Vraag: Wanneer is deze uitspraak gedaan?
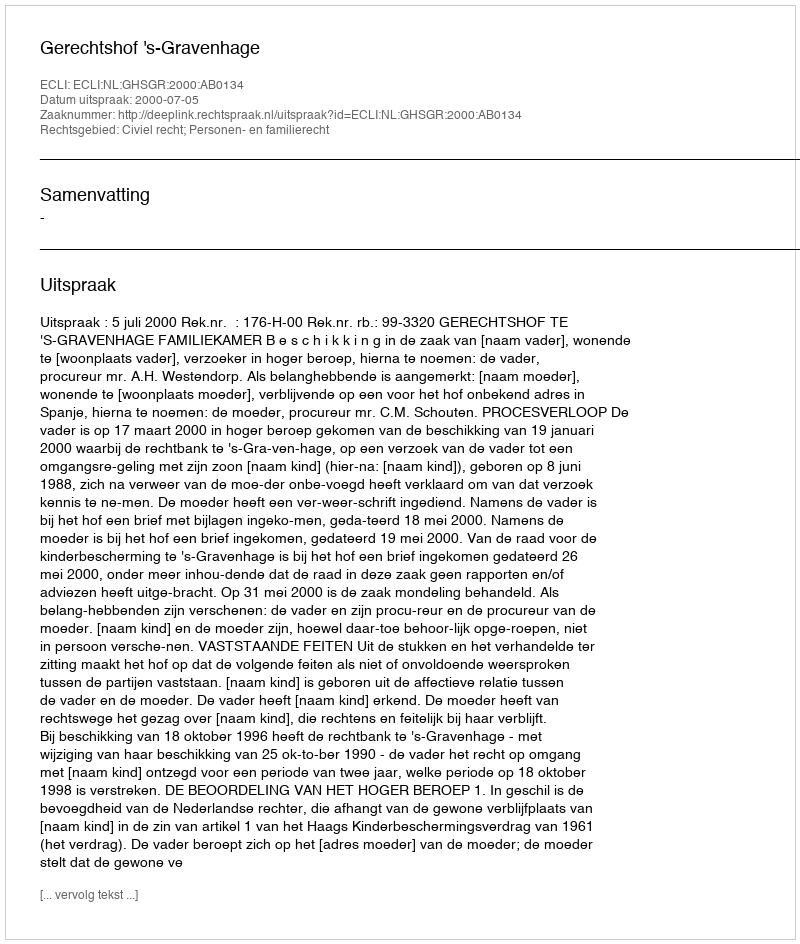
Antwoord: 2000-07-05